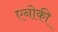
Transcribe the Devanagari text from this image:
एनोकी